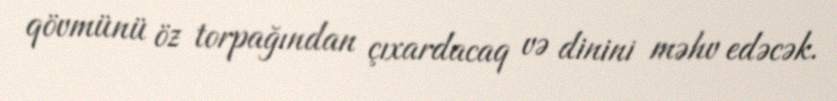
qövmünü öz torpağından çıxardacaq və dinini məhv edəcək.